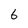
Character: 6